Annual administration report of the Civil Veterinary Department of India - 1903-1904
Year: 1903
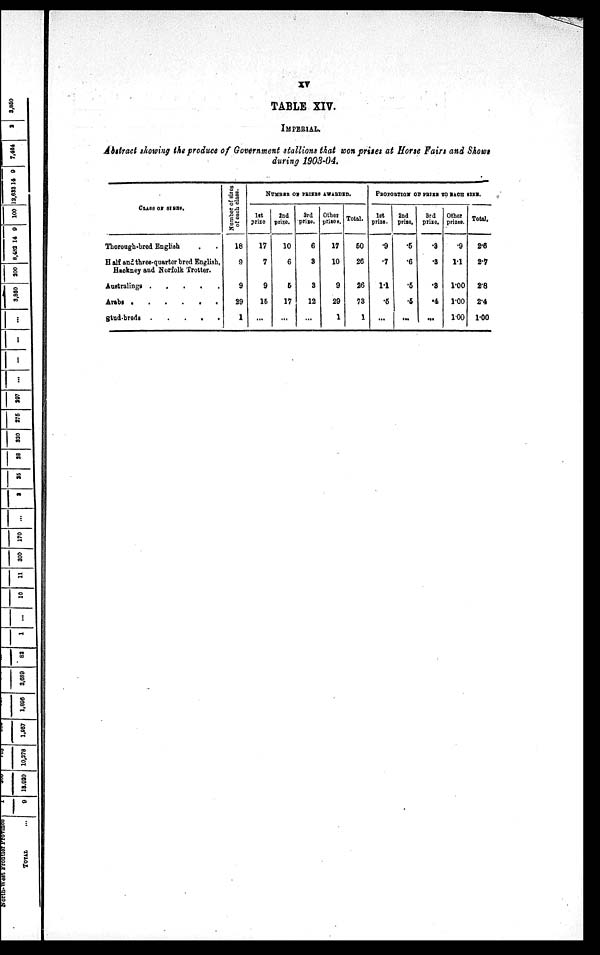
xv
TABLE XIV.
IMPERIAL.
Abstract showing the produce of Government stallions that won prises at Horse Fairs and Shows
during 1903-04.
CLASS OF SIRES.
Thorough-bred English . .
Half and three-quarter bred English,
Hackney and Norfolk Trotter.
Australings .
.
.
.
.
Arabs . . . . . . .
Stud-breds . . . . . . .
Number
of sires
of each class.
18
9
9
29
1
NUMBER OF PRIZES AWARDED.
1st
prize
17
7
9
15
...
2nd
prize.
10
6
5
17
...
3rd
prize.
6
3
3
12
...
Other
prizes.
17
10
9
29
1
Total.
50
26
26
73
1
PROPORTION OF PRIZE TO EACH SIRE.
1st
prize.
.9
.7
1.1
.5
...
2nd
prize.
.5
.6
.5
.5
...
3rd
prize.
.3
.3
.3
.4
...
Other
prizes.
.9
1.1
1.00
1.00
1.00
Total.
2.6
2.7
2.8
2.4
1.00